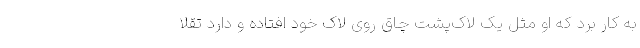
به کار برد که او مثل یک لاک‌پشت چاق روی لاک خود افتاده و دارد تقلا